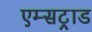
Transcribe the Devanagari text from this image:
एम्सट्राड